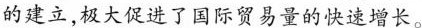
的建立，极大促进了国际贸易量的快速增长。